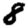
Digit: 8